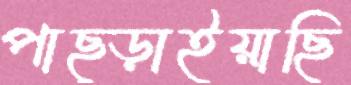
পাছ্‌ড়াইয়াছি